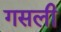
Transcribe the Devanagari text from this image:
गसली